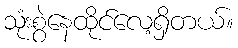
သုံးစွဲနေထိုင်လေ့ရှိတယ်။